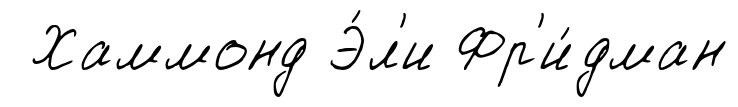
Хаммонд Э́л'и Фр'и́дман